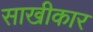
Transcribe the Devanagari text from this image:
साखीकार